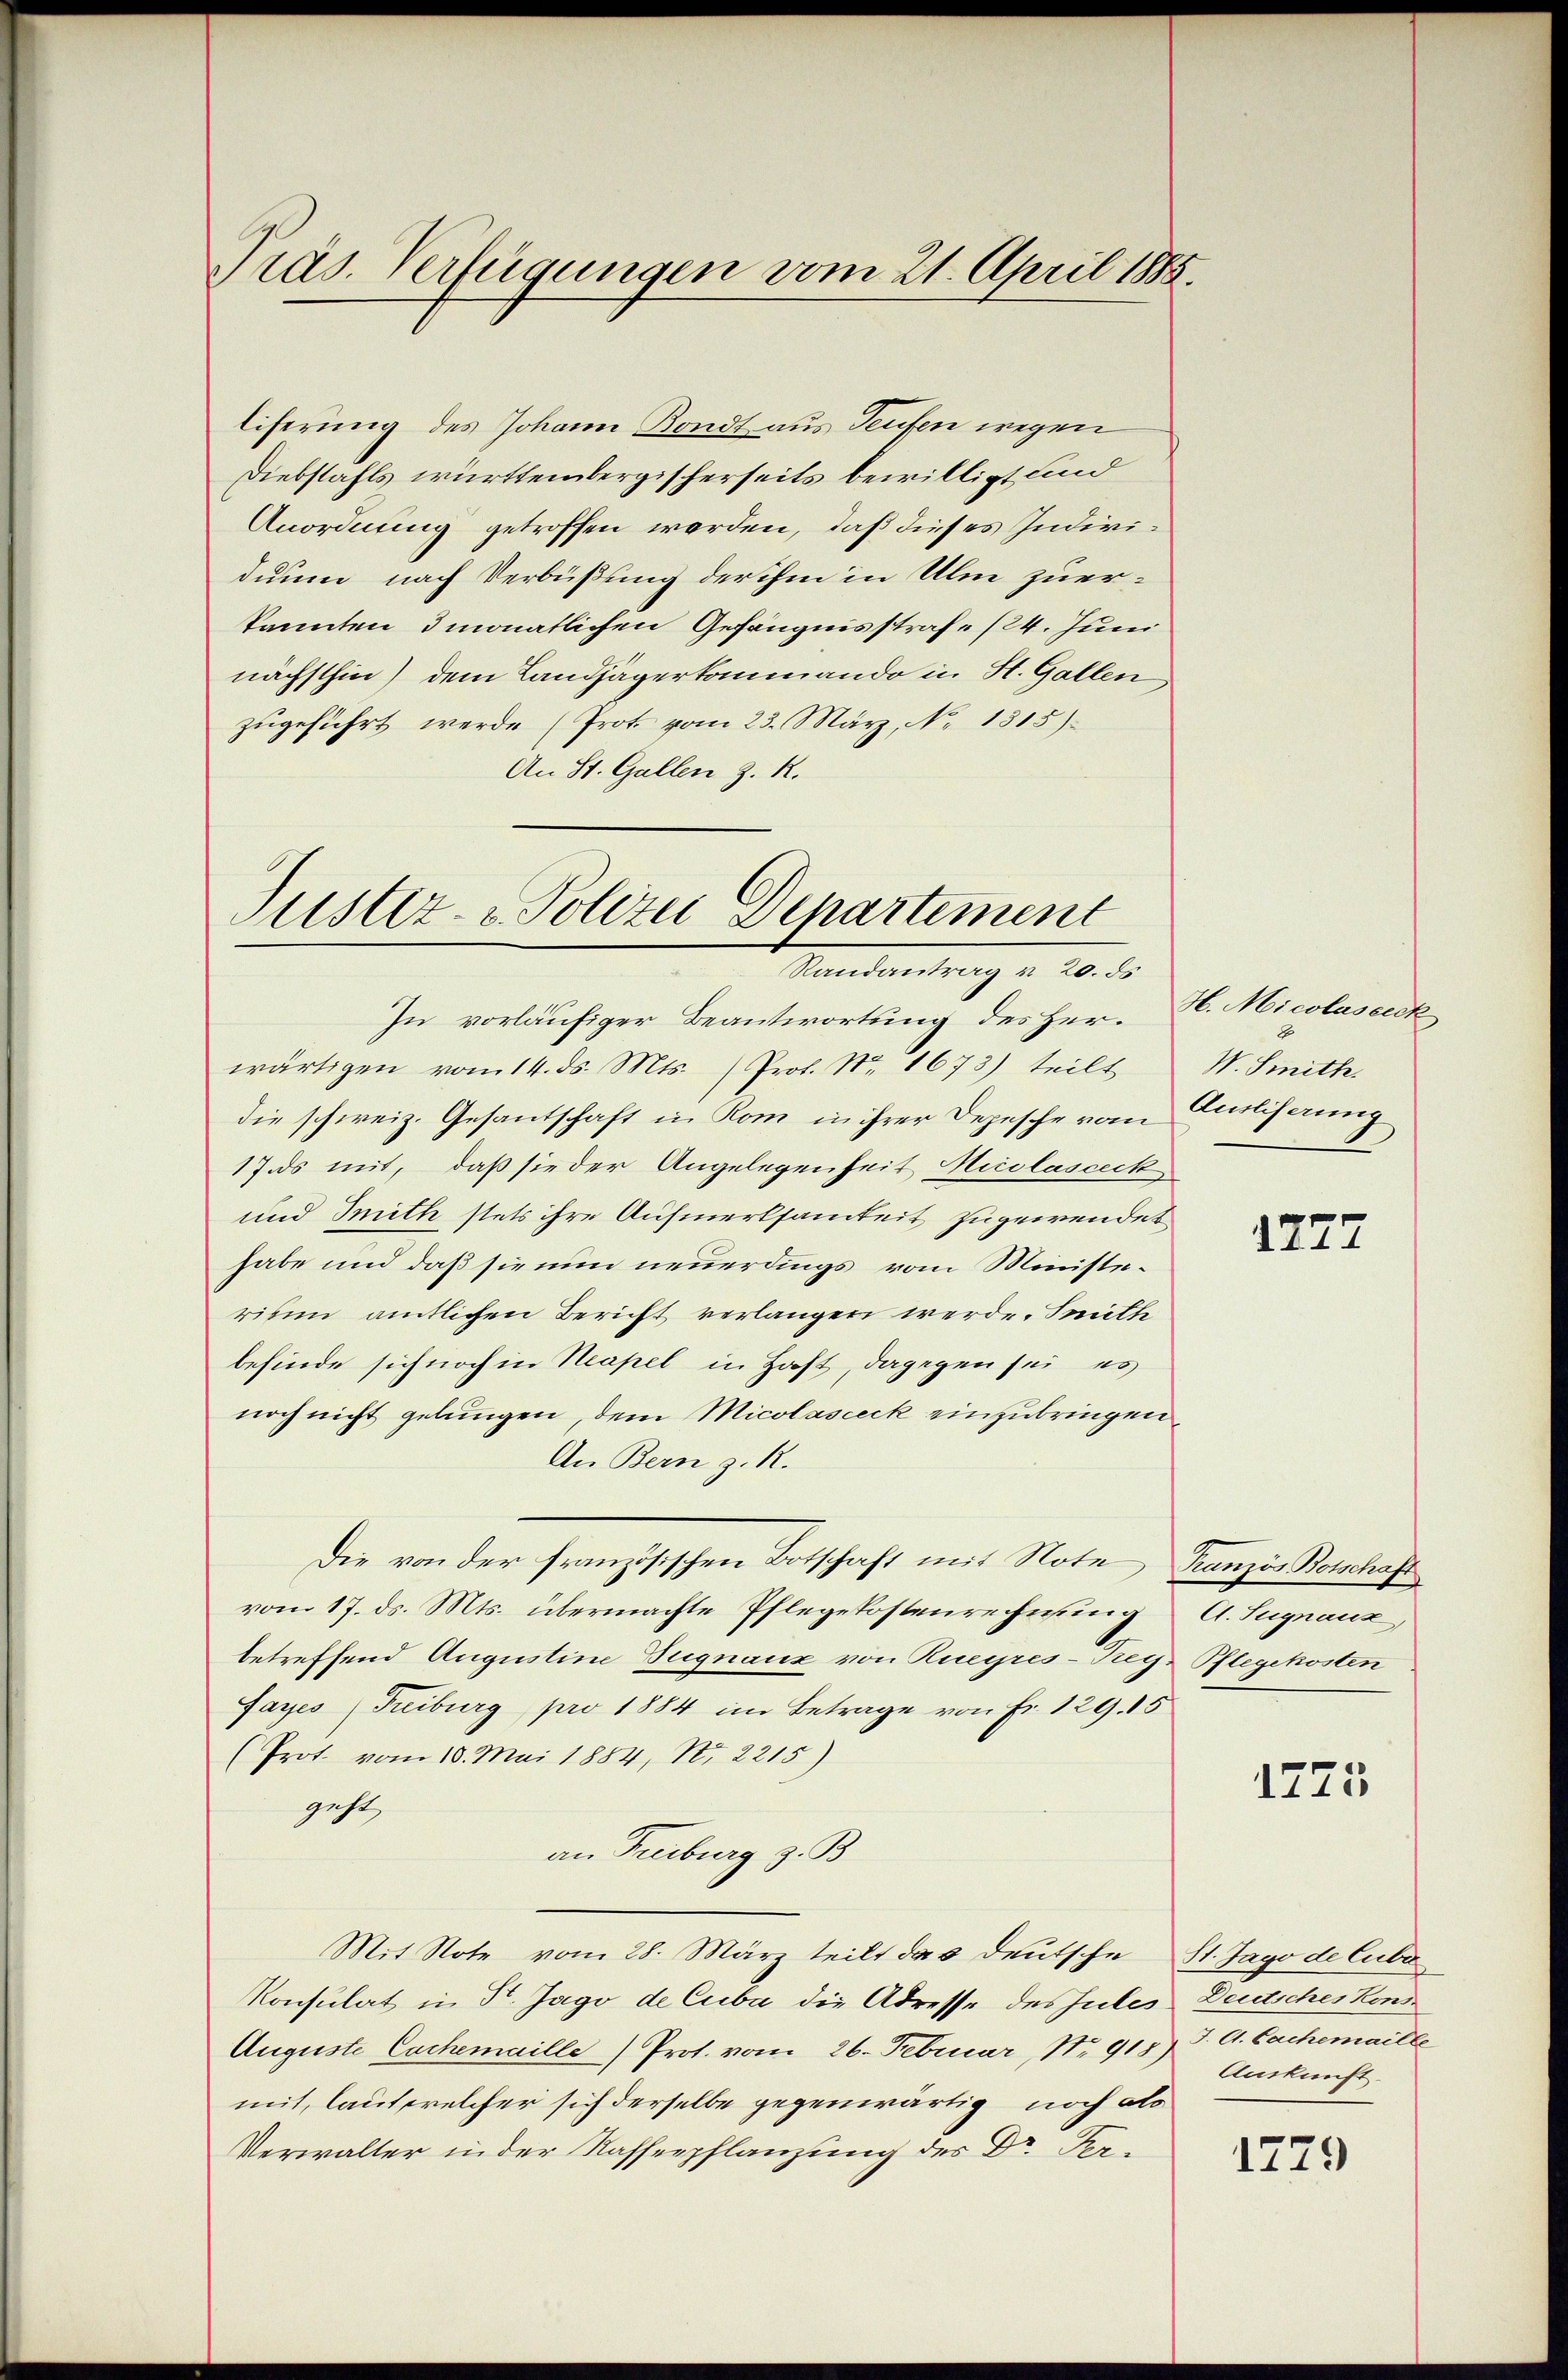
Präs. Verfügungen vom 21. April 1885.

liferung des Johann Bondt aus Teufen wegen
Diebstahls württembergischerseits bewilligt und
Anordnung getroffen werden, daß dieses Individuum nach Verbüßung der ihm in Ulm zuer-
kannten 3 monatlichen Gefängnisstrafe (24. Juni
nächsthin) dem Landjägerkommando in H. Gallen
zŭgeführt werde (Prot. vom 23. März, No 1315).
An St. Gallen z. R.

Justiz- & Polizei Departement
Randantrag v. 20. ds

In vorläufiger Beantwortung des Herwärtigen vom 14. ds. Mts. (Prof. No. 1673) teilt
die schweiz. Gesantschaft in Rom in ihrer Depesche vom Curtiserung
17. ds mit, daß sie der Angelegenheit Nicolasceck
und Mith stets ihre Aufmerksamkeit zugewendet
habe und daß sie nun neuerdings vom Ministeriben amtlichen Bericht verlangen werde. Seith
befinde sich noch in Neapel in Hast, dagegen sei es
noch nicht gelungen, dem Micolasceck einzubringen.
An Bern z. R.
Die von der französischen Botschaft mit Note Franzis Botschaft
vom 17. ds. Mts. übermachte Pflegekostenrechnung
betreffend Augustine Zugnauz von Rueyres-Rey-Pflegekosten
Fayes Freiburg pro 1884 im Betrage von Fr. 129. 15
(Prot. vom 18. Mai 1884, No. 2215)
geht,
an Freiburg z. B.
Mit Note vom 28. März teilt das deutsche St. Jago de Cubr
Konsulat in St. Jago de Cuba die Adresse dessules Deutsches Kons¬
Auguste Cachemaille) Prot. vom 26. Februar, Nr. 915) J. A. Cachemaille
mit, laut welcher sich derselbe gegenwärtig, noch als
Verwalter in der Kaffenpflanzung des Dr. Per¬

H. Micolaseeck
W. Smith

1277

A. Signauz,

1775

Auskunft.

1779